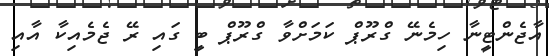
އާޖެންޓީނާ ހިމެނޭ ގްރޫޕް ކަމަށްވާ ގްރޫޕް ބީ ގައި ރޭ ޖެމެއިކާ އާއި